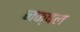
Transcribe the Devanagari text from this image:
नक्षल